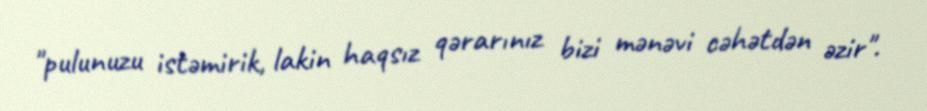
"pulunuzu istəmirik, lakin haqsız qərarınız bizi mənəvi cəhətdən əzir".